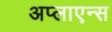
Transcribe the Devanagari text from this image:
अप्लाएन्स